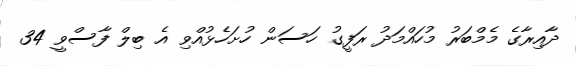
ދާއިރާގެ މެމްބަރު މުހައްމަދު ރަފީގު ހަސަން ހުށަހެޅުއްވި އެ ބިލް ފާސްވީ 34